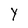
Character: Y